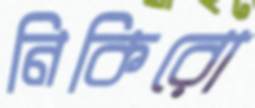
নিকিরো